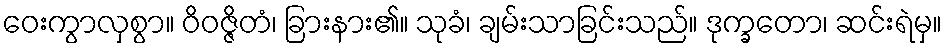
ဝေးကွာလှစွာ။ ဝိဝဇ္ဇိတံ၊ ခြားနား၏။ သုခံ၊ ချမ်းသာခြင်းသည်။ ဒုက္ခတော၊ ဆင်းရဲမှ။